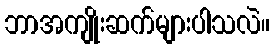
ဘာအကျိုးဆက်များပါသလဲ။